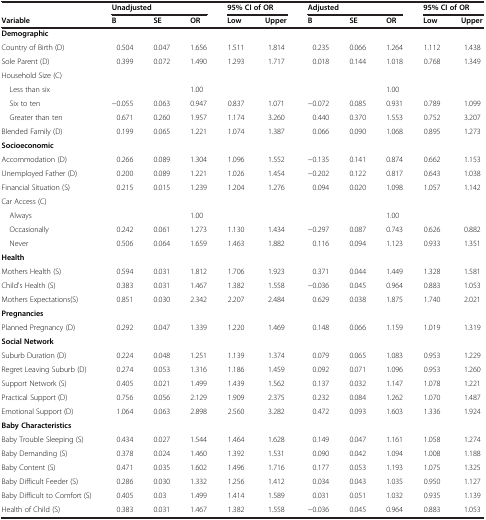
<table><thead><tr><td><b> </b></td><td colspan="3"><b>Unadjusted</b></td><td colspan="2"><b>95% CI of OR</b></td><td colspan="3"><b>Adjusted</b></td><td colspan="2"><b>95% CI of OR</b></td></tr><tr><td><b>Variable</b></td><td><b>B</b></td><td><b>SE</b></td><td><b>OR</b></td><td><b>Low</b></td><td><b>Upper</b></td><td><b>B</b></td><td><b>SE</b></td><td><b>OR</b></td><td><b>Low</b></td><td><b>Upper</b></td></tr></thead><tbody><tr><td><b>Demographic</b></td><td> </td><td> </td><td> </td><td> </td><td> </td><td> </td><td> </td><td> </td><td> </td><td> </td></tr><tr><td>Country of Birth (D)</td><td>0.504</td><td>0.047</td><td>1.656</td><td>1.511</td><td>1.814</td><td>0.235</td><td>0.066</td><td>1.264</td><td>1.112</td><td>1.438</td></tr><tr><td>Sole Parent (D)</td><td>0.399</td><td>0.072</td><td>1.490</td><td>1.293</td><td>1.717</td><td>0.018</td><td>0.144</td><td>1.018</td><td>0.768</td><td>1.349</td></tr><tr><td>Household Size (C)</td><td> </td><td> </td><td> </td><td> </td><td> </td><td> </td><td> </td><td> </td><td> </td><td> </td></tr><tr><td> Less than six</td><td> </td><td> </td><td>1.00</td><td> </td><td> </td><td> </td><td> </td><td>1.00</td><td> </td><td> </td></tr><tr><td> Six to ten</td><td>−0.055</td><td>0.063</td><td>0.947</td><td>0.837</td><td>1.071</td><td>−0.072</td><td>0.085</td><td>0.931</td><td>0.789</td><td>1.099</td></tr><tr><td> Greater than ten</td><td>0.671</td><td>0.260</td><td>1.957</td><td>1.174</td><td>3.260</td><td>0.440</td><td>0.370</td><td>1.553</td><td>0.752</td><td>3.207</td></tr><tr><td>Blended Family (D)</td><td>0.199</td><td>0.065</td><td>1.221</td><td>1.074</td><td>1.387</td><td>0.066</td><td>0.090</td><td>1.068</td><td>0.895</td><td>1.273</td></tr><tr><td><b>Socioeconomic</b></td><td> </td><td> </td><td> </td><td> </td><td> </td><td> </td><td> </td><td> </td><td> </td><td> </td></tr><tr><td>Accommodation (D)</td><td>0.266</td><td>0.089</td><td>1.304</td><td>1.096</td><td>1.552</td><td>−0.135</td><td>0.141</td><td>0.874</td><td>0.662</td><td>1.153</td></tr><tr><td>Unemployed Father (D)</td><td>0.200</td><td>0.089</td><td>1.221</td><td>1.026</td><td>1.454</td><td>−0.202</td><td>0.122</td><td>0.817</td><td>0.643</td><td>1.038</td></tr><tr><td>Financial Situation (S)</td><td>0.215</td><td>0.015</td><td>1.239</td><td>1.204</td><td>1.276</td><td>0.094</td><td>0.020</td><td>1.098</td><td>1.057</td><td>1.142</td></tr><tr><td>Car Access (C)</td><td> </td><td> </td><td> </td><td> </td><td> </td><td> </td><td> </td><td> </td><td> </td><td> </td></tr><tr><td> Always</td><td> </td><td> </td><td>1.00</td><td> </td><td> </td><td> </td><td> </td><td>1.00</td><td> </td><td> </td></tr><tr><td> Occasionally</td><td>0.242</td><td>0.061</td><td>1.273</td><td>1.130</td><td>1.434</td><td>−0.297</td><td>0.087</td><td>0.743</td><td>0.626</td><td>0.882</td></tr><tr><td> Never</td><td>0.506</td><td>0.064</td><td>1.659</td><td>1.463</td><td>1.882</td><td>0.116</td><td>0.094</td><td>1.123</td><td>0.933</td><td>1.351</td></tr><tr><td><b>Health</b></td><td> </td><td> </td><td> </td><td> </td><td> </td><td> </td><td> </td><td> </td><td> </td><td> </td></tr><tr><td>Mothers Health (S)</td><td>0.594</td><td>0.031</td><td>1.812</td><td>1.706</td><td>1.923</td><td>0.371</td><td>0.044</td><td>1.449</td><td>1.328</td><td>1.581</td></tr><tr><td>Child&#x27;s Health (S)</td><td>0.383</td><td>0.031</td><td>1.467</td><td>1.382</td><td>1.558</td><td>−0.036</td><td>0.045</td><td>0.964</td><td>0.883</td><td>1.053</td></tr><tr><td>Mothers Expectations(S)</td><td>0.851</td><td>0.030</td><td>2.342</td><td>2.207</td><td>2.484</td><td>0.629</td><td>0.038</td><td>1.875</td><td>1.740</td><td>2.021</td></tr><tr><td><b>Pregnancies</b></td><td> </td><td> </td><td> </td><td> </td><td> </td><td> </td><td> </td><td> </td><td> </td><td> </td></tr><tr><td>Planned Pregnancy (D)</td><td>0.292</td><td>0.047</td><td>1.339</td><td>1.220</td><td>1.469</td><td>0.148</td><td>0.066</td><td>1.159</td><td>1.019</td><td>1.319</td></tr><tr><td><b>Social Network</b></td><td> </td><td> </td><td> </td><td> </td><td> </td><td> </td><td> </td><td> </td><td> </td><td> </td></tr><tr><td>Suburb Duration (D)</td><td>0.224</td><td>0.048</td><td>1.251</td><td>1.139</td><td>1.374</td><td>0.079</td><td>0.065</td><td>1.083</td><td>0.953</td><td>1.229</td></tr><tr><td>Regret Leaving Suburb (D)</td><td>0.274</td><td>0.053</td><td>1.316</td><td>1.186</td><td>1.459</td><td>0.092</td><td>0.071</td><td>1.096</td><td>0.953</td><td>1.260</td></tr><tr><td>Support Network (S)</td><td>0.405</td><td>0.021</td><td>1.499</td><td>1.439</td><td>1.562</td><td>0.137</td><td>0.032</td><td>1.147</td><td>1.078</td><td>1.221</td></tr><tr><td>Practical Support (D)</td><td>0.756</td><td>0.056</td><td>2.129</td><td>1.909</td><td>2.375</td><td>0.232</td><td>0.084</td><td>1.262</td><td>1.070</td><td>1.487</td></tr><tr><td>Emotional Support (D)</td><td>1.064</td><td>0.063</td><td>2.898</td><td>2.560</td><td>3.282</td><td>0.472</td><td>0.093</td><td>1.603</td><td>1.336</td><td>1.924</td></tr><tr><td><b>Baby Characteristics</b></td><td> </td><td> </td><td> </td><td> </td><td> </td><td> </td><td> </td><td> </td><td> </td><td> </td></tr><tr><td>Baby Trouble Sleeping (S)</td><td>0.434</td><td>0.027</td><td>1.544</td><td>1.464</td><td>1.628</td><td>0.149</td><td>0.047</td><td>1.161</td><td>1.058</td><td>1.274</td></tr><tr><td>Baby Demanding (S)</td><td>0.378</td><td>0.024</td><td>1.460</td><td>1.392</td><td>1.531</td><td>0.090</td><td>0.042</td><td>1.094</td><td>1.008</td><td>1.188</td></tr><tr><td>Baby Content (S)</td><td>0.471</td><td>0.035</td><td>1.602</td><td>1.496</td><td>1.716</td><td>0.177</td><td>0.053</td><td>1.193</td><td>1.075</td><td>1.325</td></tr><tr><td>Baby Difficult Feeder (S)</td><td>0.286</td><td>0.030</td><td>1.332</td><td>1.256</td><td>1.412</td><td>0.034</td><td>0.043</td><td>1.035</td><td>0.950</td><td>1.127</td></tr><tr><td>Baby Difficult to Comfort (S)</td><td>0.405</td><td>0.03</td><td>1.499</td><td>1.414</td><td>1.589</td><td>0.031</td><td>0.051</td><td>1.032</td><td>0.935</td><td>1.139</td></tr><tr><td>Health of Child (S)</td><td>0.383</td><td>0.031</td><td>1.467</td><td>1.382</td><td>1.558</td><td>−0.036</td><td>0.045</td><td>0.964</td><td>0.883</td><td>1.053</td></tr></tbody></table>